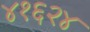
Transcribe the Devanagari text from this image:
४१६२४